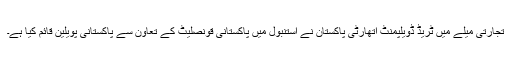
تجارتی میلے میں ٹریڈ ڈویلپمنٹ اتھارٹی پاکستان نے استنبول میں پاکستانی قونصلیٹ کے تعاون سے پاکستانی پویلین قائم کیا ہے۔